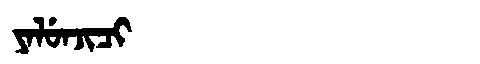
Manchu: ᠶᠠᠯᡠᠨᠵᡳᠴᡳ
Romanization: YALUNJICI